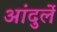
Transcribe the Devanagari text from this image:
आंदुर्ले